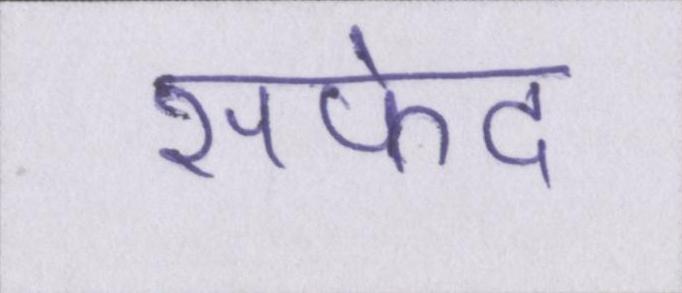
सफेद